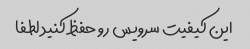
این کیفیت سرویس رو حفظ کنید لطفا